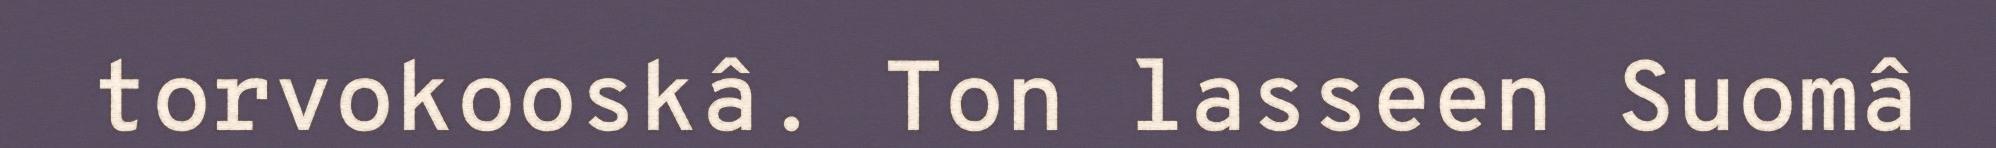
torvokooskâ. Ton lasseen Suomâ